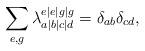
LaTeX: \begin{align*} \qquad\quad\sum_{e,g} \lambda_{a|b|c|d}^{e|e|g|g}=\delta_{ab}\delta_{cd},\end{align*}